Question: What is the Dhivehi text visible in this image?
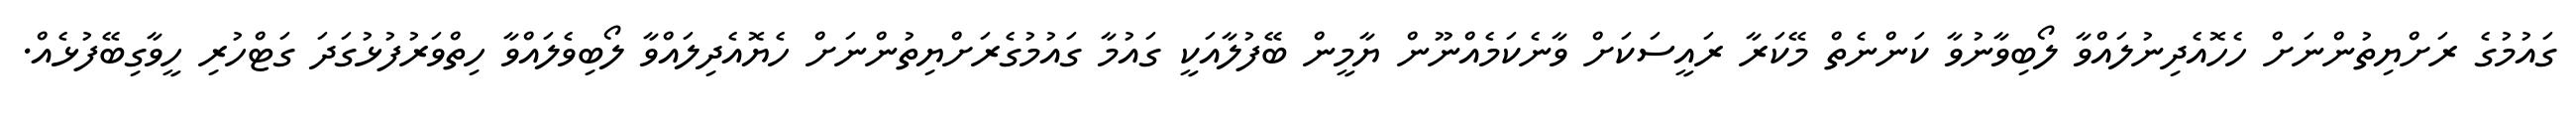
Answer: ގައުމުގެ ރަށްޔިތުންނަށް ހެހޮއެދިނުލައްވާ ލޯބިވާނުވާ ކަންނެތް މޭކަރާ ރައީސަކަށް ވާނެކަމެއްނޫން ޔާމީން ބޭފުލާއަކީ ގައުމާ ގައުމުގެރަށްޔިތުންނަށް ހެޔޮއެދިލައްވާ ލޯބިވެލައްވާ ހިތްވަރުފުޅުގަދަ ގަޓްހުރި ހީވާގިބޭފުޅެއް.